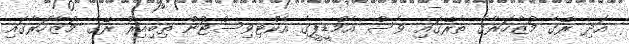
އަދި ރޭގެ މުޒާހަރާގެ ތެރޭގައި ވެސް އެމްޑީޕީގެ އެކްޓިވިސްޓުން ތިބިއިރު ރޭގެ މުޒާހަރާގައި